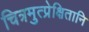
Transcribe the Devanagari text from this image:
चित्रमुत्प्रेक्षितानि